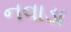
નવાડા